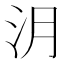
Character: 㳉